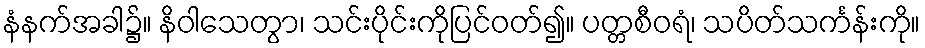
နံနက်အခါ၌။ နိဝါသေတွာ၊ သင်းပိုင်းကိုပြင်ဝတ်၍။ ပတ္တစီဝရံ၊ သပိတ်သင်္ကန်းကို။